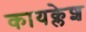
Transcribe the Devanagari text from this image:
कायक्लेश